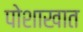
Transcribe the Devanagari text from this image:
पोशाखात